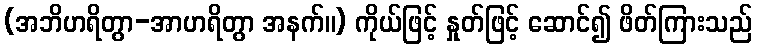
(အဘိဟရိတွာ-အာဟရိတွာ အနက်။) ကိုယ်ဖြင့် နှုတ်ဖြင့် ဆောင်၍ ဖိတ်ကြားသည်